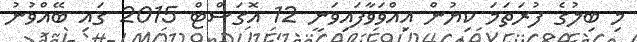
މި ބިލުގެ ފުރަތަމަ ކިޔުން އިއްވަވާފައިވަނީ 12 އޮގަސްޓް 2015 ގައި ބޭއްވުނު